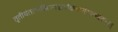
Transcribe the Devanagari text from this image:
तृतीयंतत्सखिभ्यश्चदक्षिणासंस्थमादरात्